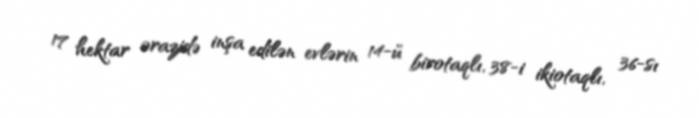
17 hektar ərazidə inşa edilən evlərin 14-ü birotaqlı, 38-i ikiotaqlı, 36-sı